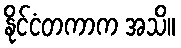
နိုင်ငံတကာက အသိ။